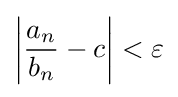
\left|{\frac {a_{n}}{b_{n}}}-c\right|<\varepsilon